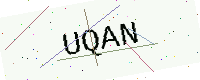
Text: UQAN